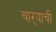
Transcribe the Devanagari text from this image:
चाऱ्याची